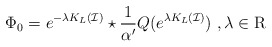
\begin{align*}\Phi_0=e^{-\lambda K_L(\mathcal{I})}\star \frac{1}{\alpha'}Q( e^{\lambda K_L(\mathcal{I})}) \ , \lambda \in \mathrm{R}\end{align*}